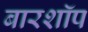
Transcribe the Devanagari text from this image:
बारशॉप